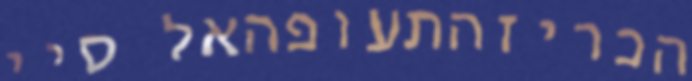
הכריזהתעופהאל סיי